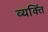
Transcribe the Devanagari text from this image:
व्यक्तिं